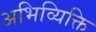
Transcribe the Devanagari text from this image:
अभिव्यिक्ति